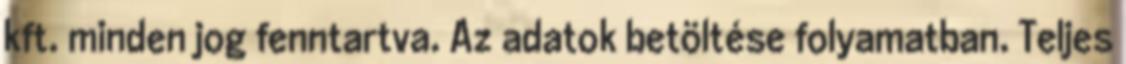
kft. minden jog fenntartva. Az adatok betöltése folyamatban. Teljes